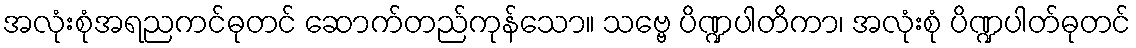
အလုံးစုံအရညကင်ဓုတင် ဆောက်တည်ကုန်သော။ သဗ္ဗေ ပိဏ္ဍပါတိကာ၊ အလုံးစုံ ပိဏ္ဍပါတ်ဓုတင်